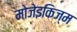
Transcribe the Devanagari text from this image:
मोजेइकिज्म